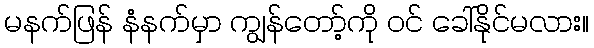
မနက်ဖြန် နံနက်မှာ ကျွန်တော့်ကို ဝင် ခေါ်နိုင်မလား။